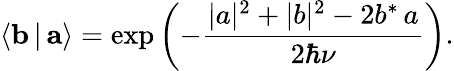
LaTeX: \langle{\mathbf b}\, |\, {\mathbf a}\rangle=\exp\left(-\frac{|a|^{2}+|b|^{2}-2b^{*}\, a}{2\hbar\nu}\right).